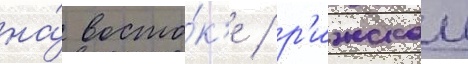
на́ восто́к'е / р'ижскои